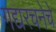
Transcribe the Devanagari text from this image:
गद्यरचनेचे